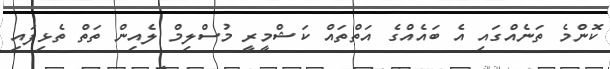
ކޮންމެ ތަނެއްގައި އެ ބައެއްގެ އަތްތައް ކަޝްމީރީ މުސްލިމް ލެއިން ތަތް ތެޅިފައި